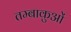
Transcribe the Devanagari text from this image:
तम्बाकुओं